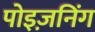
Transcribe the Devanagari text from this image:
पोइज़निंग